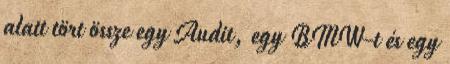
alatt tört össze egy Audit, egy BMW-t és egy